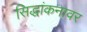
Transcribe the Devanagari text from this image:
सिद्धांकनावर